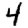
Digit: 4